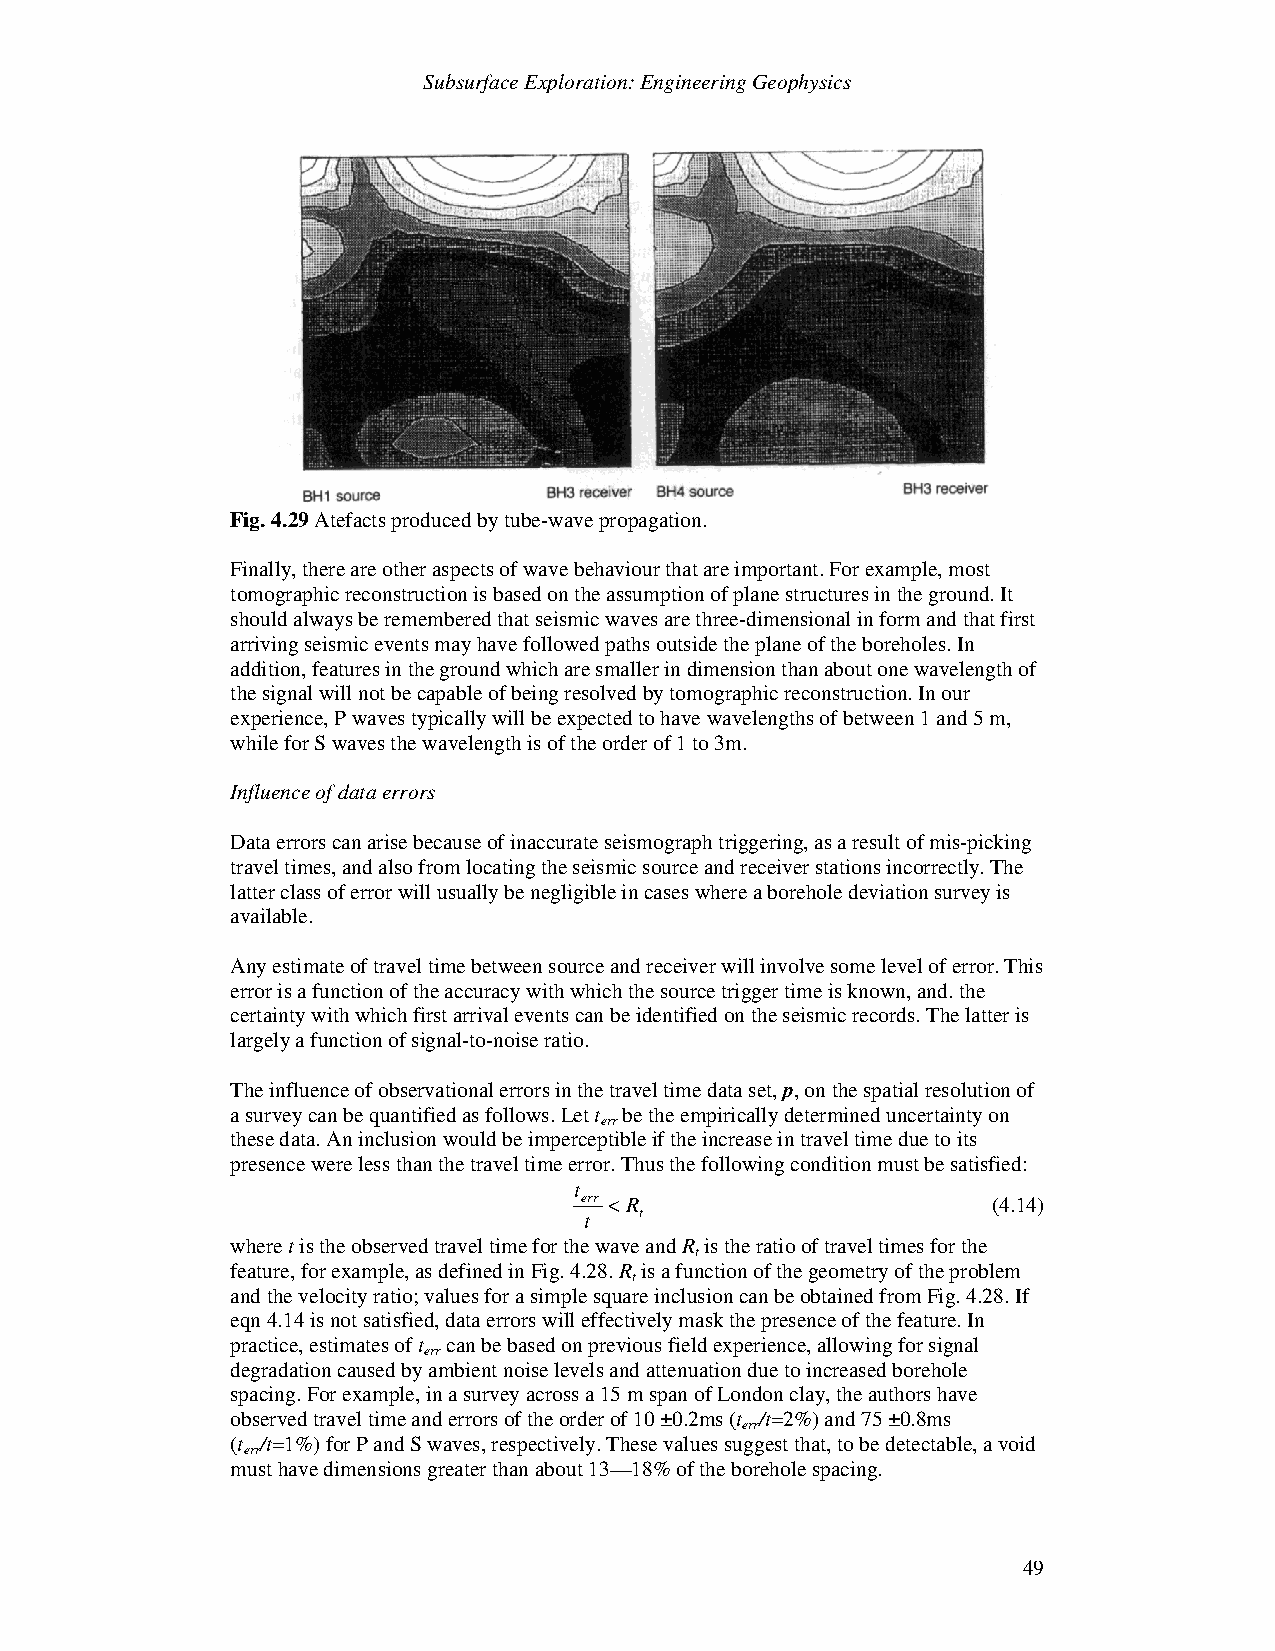
Subsurface Exploration: Engineering Geophysics
 Fig. 4.29 Atefacts produced by tube-wave propagation.
 Finally, there are other aspects of wave behaviour that are important. For example, most
 tomographic reconstruction is based on the assumption of plane structures in the ground. It
 should always be remembered that seismic waves are three-dimensional in form and that first
 arriving seismic events may have followed paths outside the plane of the boreholes. In
 addition, features in the ground which are smaller in dimension than about one wavelength of
 the signal will not be capable of being resolved by tomographic reconstruction. In our
 experience, P waves typically will be expected to have wavelengths of between 1 and 5 m,
 while for S waves the wavelength is of the order of 1 to 3m.
 Influence of data errors
 Data errors can arise because of inaccurate seismograph triggering, as a result of mis-picking
 travel times, and also from locating the seismic source and receiver stations incorrectly. The
 latter class of error will usually be negligible in cases where a borehole deviation survey is
 available.
 Any estimate of travel time between source and receiver will involve some level of error. This
 error is a function of the accuracy with which the source trigger time is known, and. the
 certainty with which first arrival events can be identified on the seismic records. The latter is
 largely a function of signal-to-noise ratio.
 The influence of observational errors in the travel time data set, p, on the spatial resolution of
 a survey can be quantified as follows. Let t be the empirically determined uncertainty on
 err
 these data. An inclusion would be imperceptible if the increase in travel time due to its
 presence were less than the travel time error. Thus the following condition must be satisfied:
 t
 err <R                      (4.14)
 t  t
 where t is the observed travel time for the wave and R is the ratio of travel times for the
 t
 feature, for example, as defined in Fig. 4.28. R is a function of the geometry of the problem
 t
 and the velocity ratio; values for a simple square inclusion can be obtained from Fig. 4.28. If
 eqn 4.14 is not satisfied, data errors will effectively mask the presence of the feature. In
 practice, estimates of t can be based on previous field experience, allowing for signal
 err
 degradation caused by ambient noise levels and attenuation due to increased borehole
 spacing. For example, in a survey across a 15 m span of London clay, the authors have
 observed travel time and errors of the order of 10 ±0.2ms (t /t=2%) and 75 ±0.8ms
 err
 (t /t=1%) for P and S waves, respectively. These values suggest that, to be detectable, a void
 err
 must have dimensions greater than about 13—18% of the borehole spacing.
 49